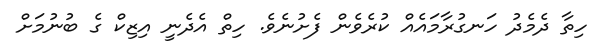
ހިތާ ދެމެދު ހަނގުރާމައެއް ކުރެވެން ފެށުނެވެ. ހިތް އެދެނީ އިޒިކް ގެ ބުނުމަށް